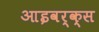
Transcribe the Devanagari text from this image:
आइवर्क्स